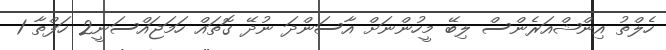
ހެލްތު އިންޝްއަރެންސް ލިބޭ މީހުންނަށް އާސަންދަ ނުދޭ ގޮތައް ހަމަޖައްސަނީ2 ހަފްތާ 1